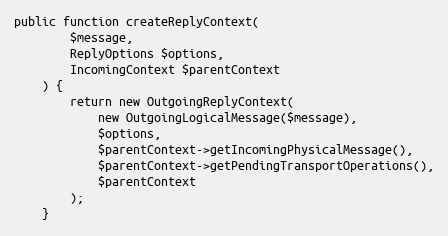
Language: PHP
public function createReplyContext(
        $message,
        ReplyOptions $options,
        IncomingContext $parentContext
    ) {
        return new OutgoingReplyContext(
            new OutgoingLogicalMessage($message),
            $options,
            $parentContext->getIncomingPhysicalMessage(),
            $parentContext->getPendingTransportOperations(),
            $parentContext
        );
    }